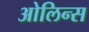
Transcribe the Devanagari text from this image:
ओलिन्स